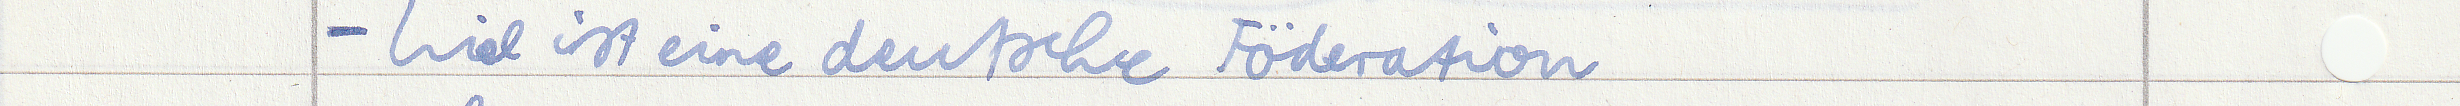
- Ziel ist eine deutsche Föderation